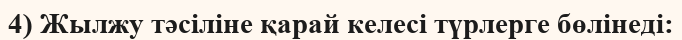
4) Жылжу тәсіліне қарай келесі түрлерге бөлінеді: